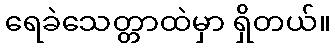
ရေခဲသေတ္တာထဲမှာ ရှိတယ်။